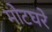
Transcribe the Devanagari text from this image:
मोटघरे